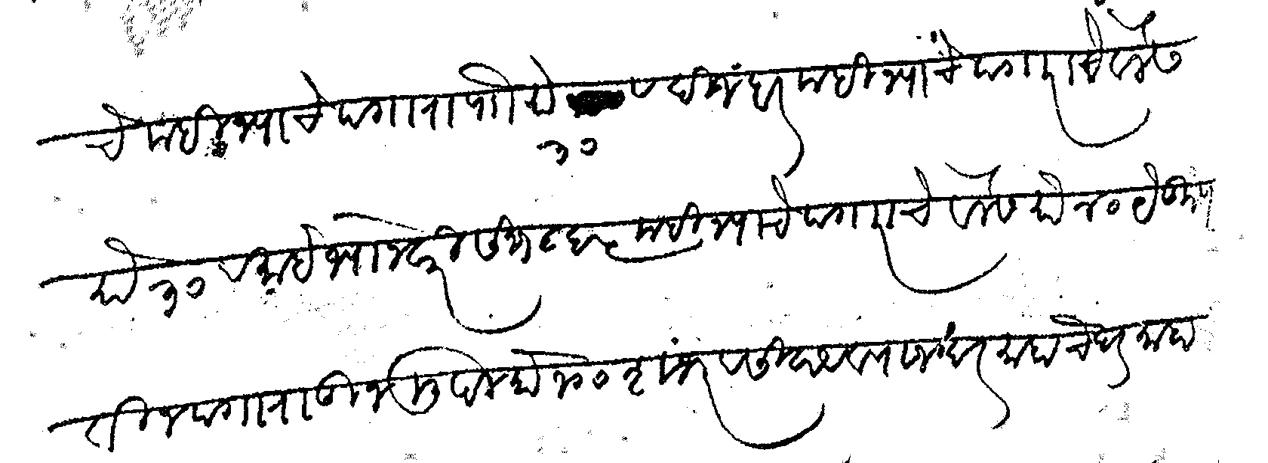
Transliteration (Devanagari): चे महिन्याचे पगारा पौ रुये ३० व दिजंबर महिन्याचे पगाराचे वेलेस रुये  ३० व माहे ज्यानेवारी सन १८६५ महिन्याचे पगाराचे वेलेस रुये ४० येकूण तीन पगारातून मुदल रुये १०० शंभर व सिवाय व्याज दरमाहाचे दरमाहा